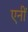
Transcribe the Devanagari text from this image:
एनीं